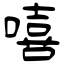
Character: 嘻